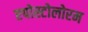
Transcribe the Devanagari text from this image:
एपोस्टोलोरम